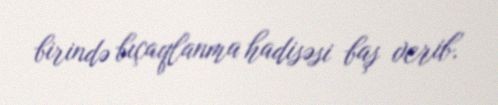
birində bıçaqlanma hadisəsi baş verib.